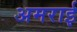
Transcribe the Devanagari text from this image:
अमराई